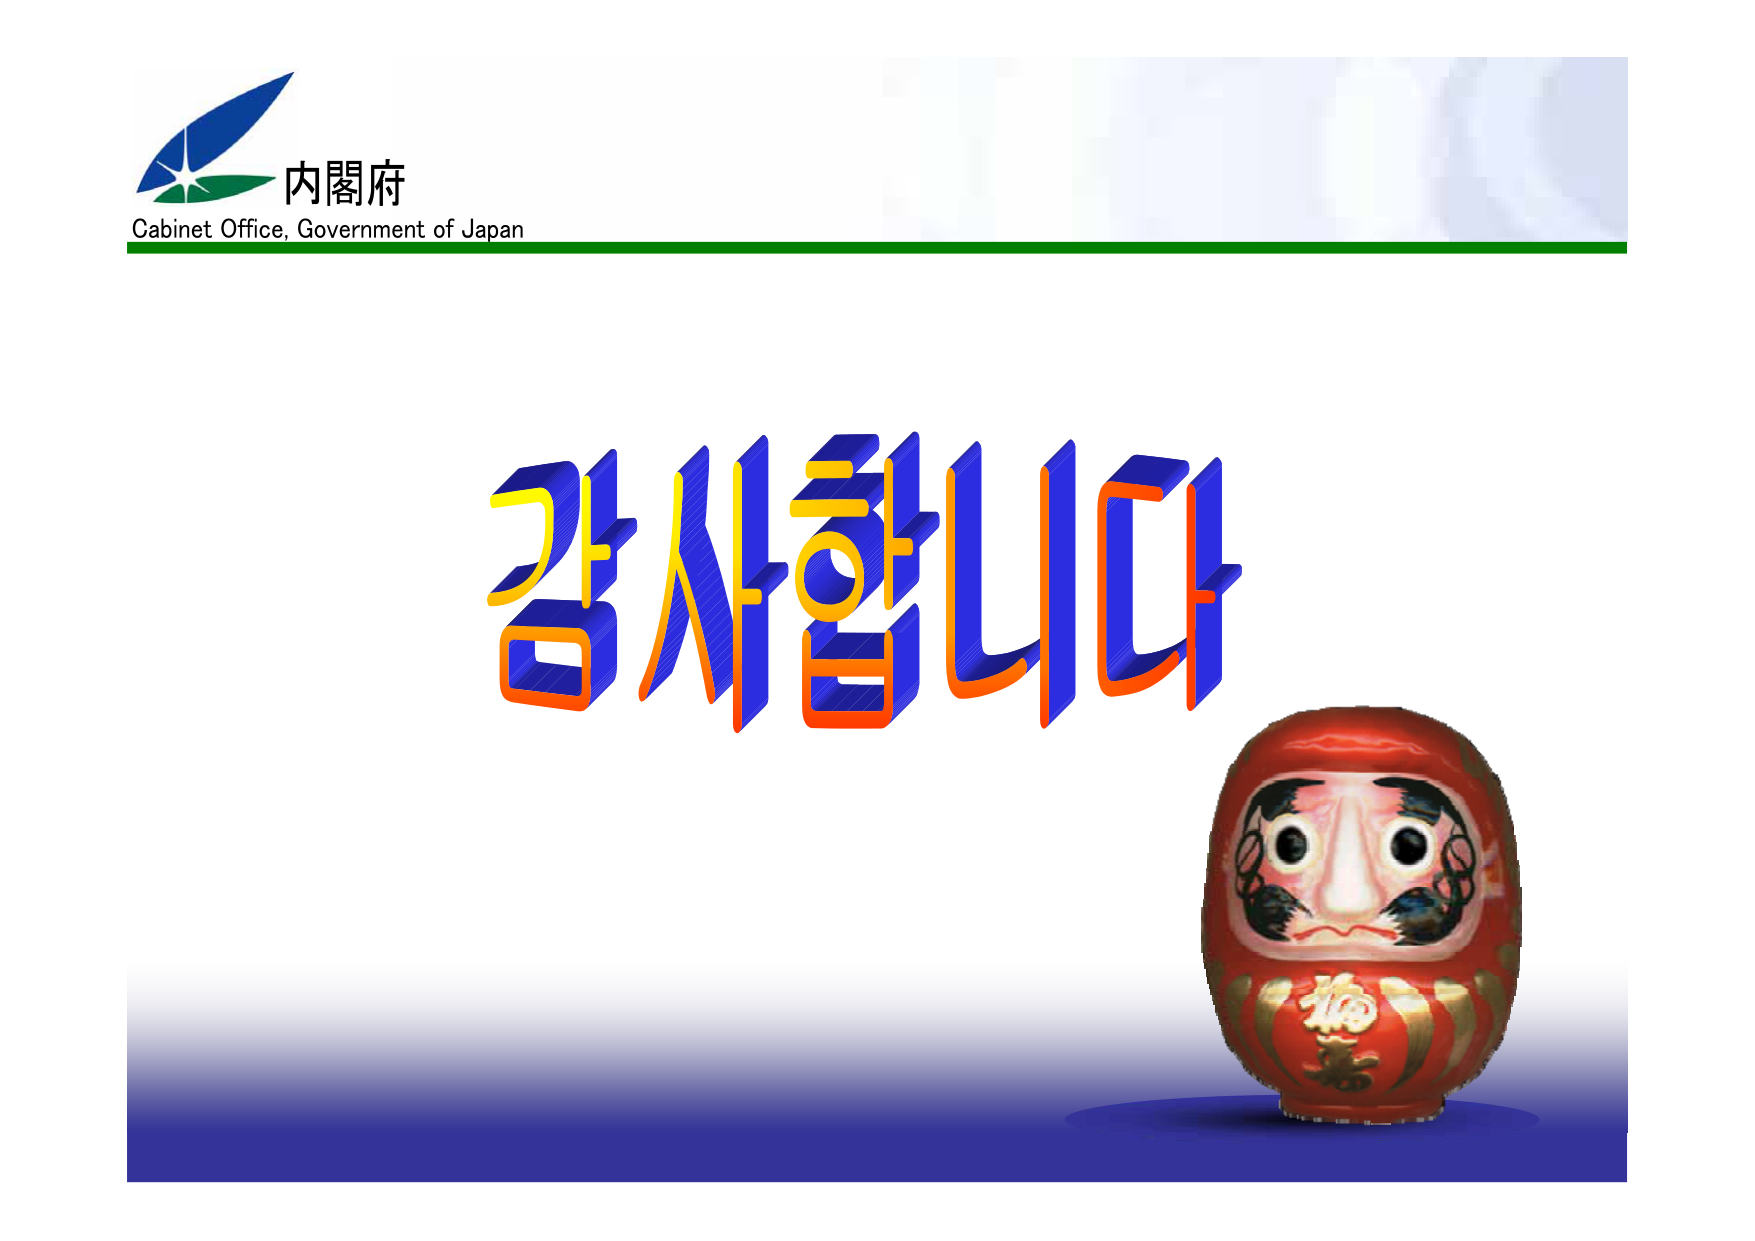
内閣府
Cabinet Office, Government of Japan
감사합니다